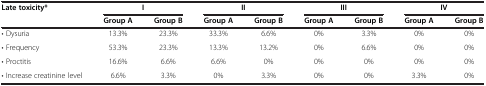
| Late toxicity* | <COLSPAN=2> I | <COLSPAN=2> II | <COLSPAN=2> III | <COLSPAN=2> IV |
 |  | Group A | Group B | Group A | Group B | Group A | Group B | Group A | Group B |
 | --- | --- | --- | --- | --- | --- | --- | --- | --- |
 | • Dysuria | 13.3% | 23.3% | 33.3% | 6.6% | 0% | 3.3% | 0% | 0% |
 | • Frequency | 53.3% | 23.3% | 13.3% | 13.2% | 0% | 6.6% | 0% | 0% |
 | • Proctitis | 16.6% | 6.6% | 6.6% | 0% | 0% | 0% | 0% | 0% |
 | • Increase creatinine level | 6.6% | 3.3% | 0% | 3.3% | 0% | 0% | 3.3% | 0% |